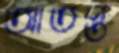
আতপ্ত